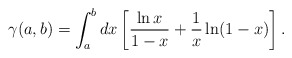
\begin{align*}\gamma(a,b)=\int_a^b dx \left[ \frac{\ln x}{1-x} + \frac{1}{x}\ln(1-x) \right].\end{align*}